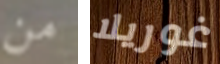
من غوريلا